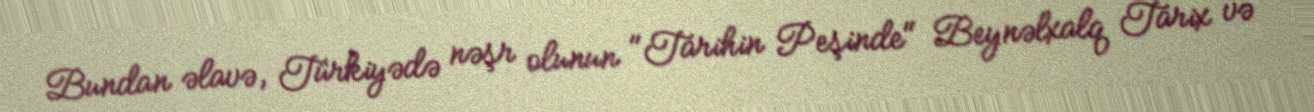
Bundan əlavə, Türkiyədə nəşr olunun "Tarihin Peşinde" Beynəlxalq Tarix və